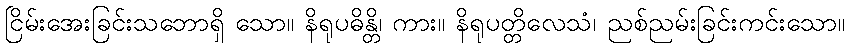
ငြိမ်းအေးခြင်းသဘောရှိ သော။ နိရုပဓိန္တိ၊ ကား။ နိရုပတ္တိလေသံ၊ ညစ်ညမ်းခြင်းကင်းသော။